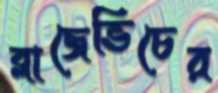
ব্লাজেভিচের